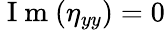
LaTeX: \mathrm{~I~m~}(\eta_{yy})=0